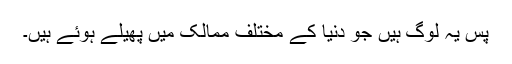
پس یہ لوگ ہیں جو دنیا کے مختلف ممالک میں پھیلے ہوئے ہیں۔